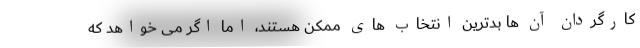
کارگردان آن‌ ها بدترین انتخاب‌ های ممکن هستند، اما اگر می‌ خواهد که